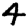
Digit: 4